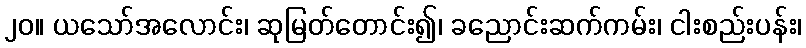
၂၀။ ယသော်အလောင်း၊ ဆုမြတ်တောင်း၍၊ ခညောင်းဆက်ကမ်း၊ ငါးစည်းပန်း၊